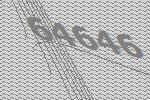
64646